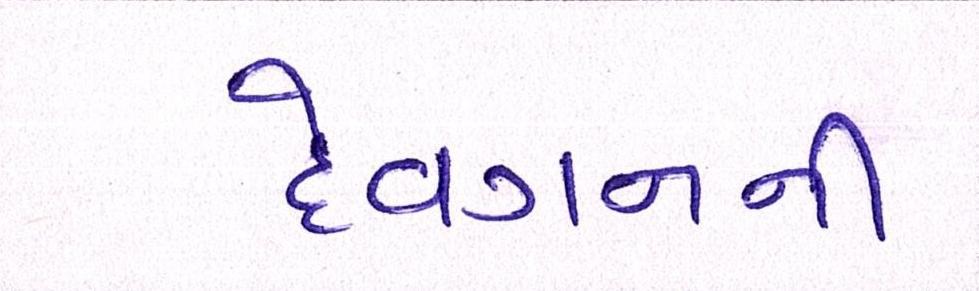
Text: દેવગનની